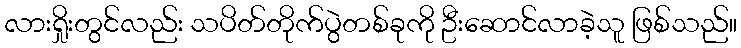
လားရှိုးတွင်လည်း သပိတ်တိုက်ပွဲတစ်ခုကို ဦးဆောင်လာခဲ့သူ ဖြစ်သည်။